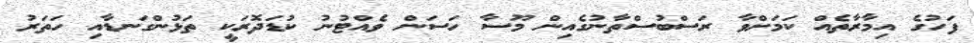
ފަހުގެ އިމާރާތެއް ކަމަށްވާ ރަސްބުސްތާނުގެއިން މޫސާ ހަސަން ވެއްޓުނު ކުޑަދޮރަކީ ތަޅުންގަނޑާއި ހަތަރު